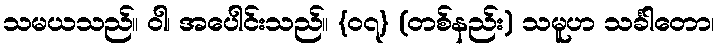
သမယသည်။ ဝါ၊ အပေါင်းသည်။ {၀၇} (တစ်နည်း) သမူဟ သင်္ခါတော၊